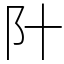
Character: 䦹